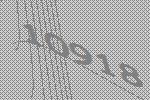
10918